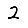
Digit: 2